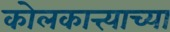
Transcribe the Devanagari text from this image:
कोलकात्त्याच्या